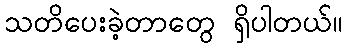
သတိပေးခဲ့တာတွေ ရှိပါတယ်။